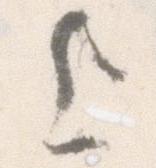
上